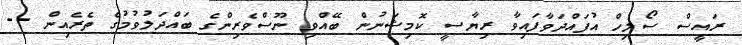
ރައީސް ސޯލިހް އުފައްދަވާފައިވާ ރިޔާސީ ކޮމިޝަނުން ބޭއްވި ނޫސްވެރިންގެ ބައްދަލުވުމުގެ ތެރެއިން --